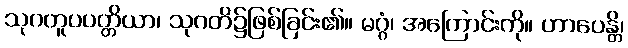
သုဂတူပပတ္တိယာ၊ သုဂတိ၌ဖြစ်ခြင်း၏။ မဂ္ဂံ၊ အကြောင်းကို။ ဟာပေန္တိ၊